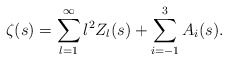
\begin{align*}\zeta(s)=\sum_{l=1}^{\infty}l^{2}Z_{l}(s)+\sum_{i=-1}^{3}A_{i}(s) .\end{align*}